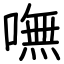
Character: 嘸